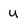
Character: u